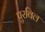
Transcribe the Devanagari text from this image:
पुरविल